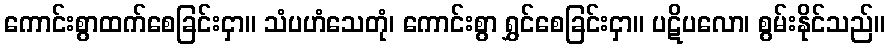
ကောင်းစွာထက်စေခြင်းငှာ။ သံပဟံသေတုံ၊ ကောင်းစွာ ရွှင်စေခြင်းငှာ။ ပဋိပလော၊ စွမ်းနိုင်သည်။